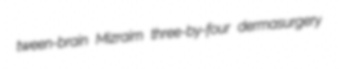
tween-brain Mizraim three-by-four dermasurgery